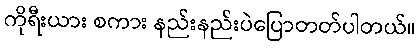
ကိုရီးယား စကား နည်းနည်းပဲပြောတတ်ပါတယ်။